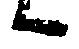
候